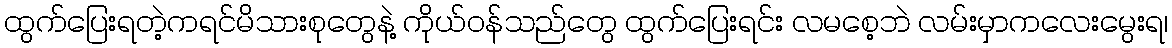
ထွက်ပြေးရတဲ့ကရင်မိသားစုတွေနဲ့ ကိုယ်ဝန်သည်တွေ ထွက်ပြေးရင်း လမစေ့ဘဲ လမ်းမှာကလေးမွေးရ၊